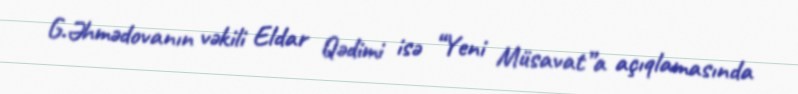
G.Əhmədovanın vəkili Eldar Qədimi isə “Yeni Müsavat”a açıqlamasında